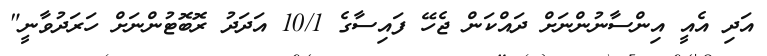
އަދި އެއީ އިންސާނުންނަށް ދައްކަން ޖެހޭ ފައިސާގެ 10/1 އަދަދު ރޮބޮޓުންނަށް ހަރަދުވާނީ"